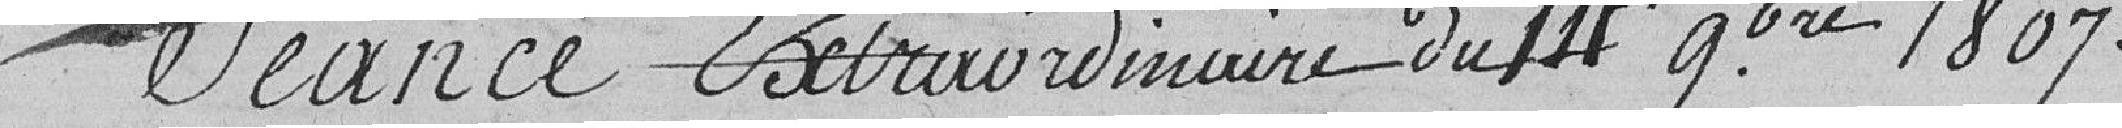
Séance extraordinaire du 14 septembre 1807